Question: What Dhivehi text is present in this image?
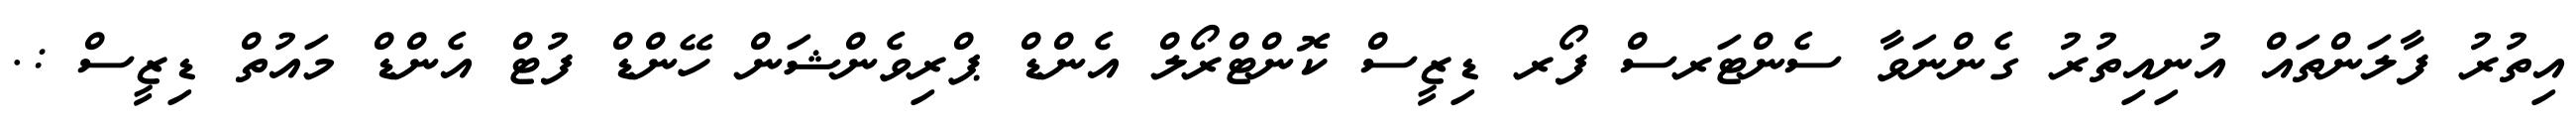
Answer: އިތުރު ފާލަންތައް އުނިއިތުރު ގެންނަވާ ސެންޓަރސް ފޯރ ޑިޒީސް ކޮންޓްރޯލް އެންޑް ޕްރިވެންޝަން ހޭންޑް ފުޓް އެންޑް މައުތް ޑިޒީސް :.